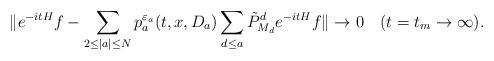
LaTeX: \begin{align*}\Vert e^{-itH}f-\sum_{2\le|a|\le N}p_a^{{\varepsilon}_a}(t,x,D_{a})\sum_{d\le a}\tilde P^d_{M_d}e^{-itH}f\Vert\to 0\quad(t=t_m\to\infty).\end{align*}